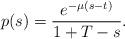
LaTeX: \begin{align*}p(s) = \frac{e^{-\mu (s-t)}}{1+T-s}.\end{align*}